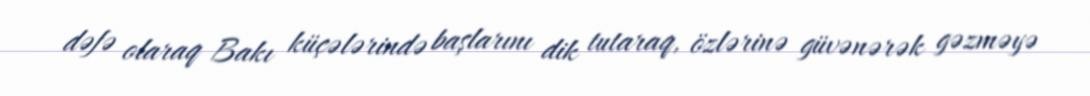
dəfə olaraq Bakı küçələrində başlarını dik tutaraq, özlərinə güvənərək gəzməyə